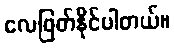
လေဖြတ်နိုင်ပါတယ်။